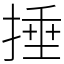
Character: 捶